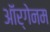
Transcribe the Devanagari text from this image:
ऑर्गेनम